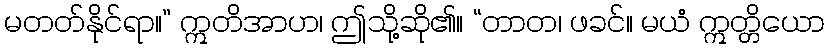
မတတ်နိုင်ရာ။” ဣတိအာဟ၊ ဤသို့ဆို၏။ “တာတ၊ ဖခင်။ မယံ ဣတ္တိယော